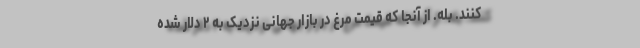
کنند. بله. از آنجا که قیمت مرغ در بازار جهانی نزدیک به ۲ دلار شده